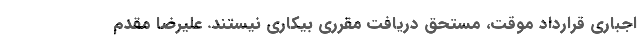
اجباری قرارداد موقت، مستحق دریافت مقرری بیکاری نیستند. علیرضا مقدم